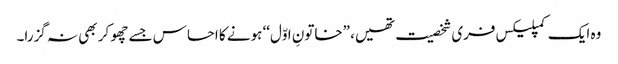
وہ ایک کمپلیکس فری شخصیت تھیں، ”خاتونِ اوّل‘‘ ہونے کا احساس جسے چھو کر بھی نہ گزرا۔